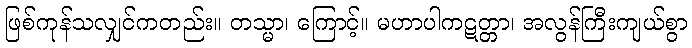
ဖြစ်ကုန်သလျှင်ကတည်း။ တသ္မာ၊ ကြောင့်။ မဟာပါကဋတ္တာ၊ အလွန်ကြီးကျယ်စွာ